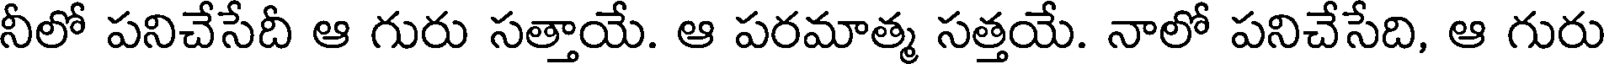
నీలో పనిచేసేదీ ఆ గురు సత్తాయే. ఆ పరమాత్మ సత్తయే. నాలో పనిచేసేది, ఆ గురు